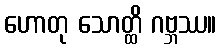
ဟောတု သောတ္ထိ ဂဗ္ဘဿ။